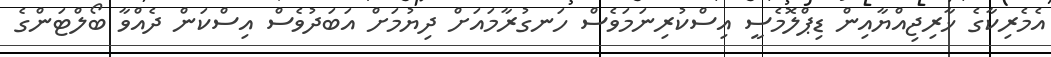
އެމެރިކާގެ ޚާރިޖިއްޔާއިން ޑިޕްލޮމެސީ އިސްކުރިނަމަވެސް ހަނގުރާމައަށް ދިޔުމަށް އަބަދުވެސް އިސްކަން ދެއްވާ ބޯލްޓަންގެ